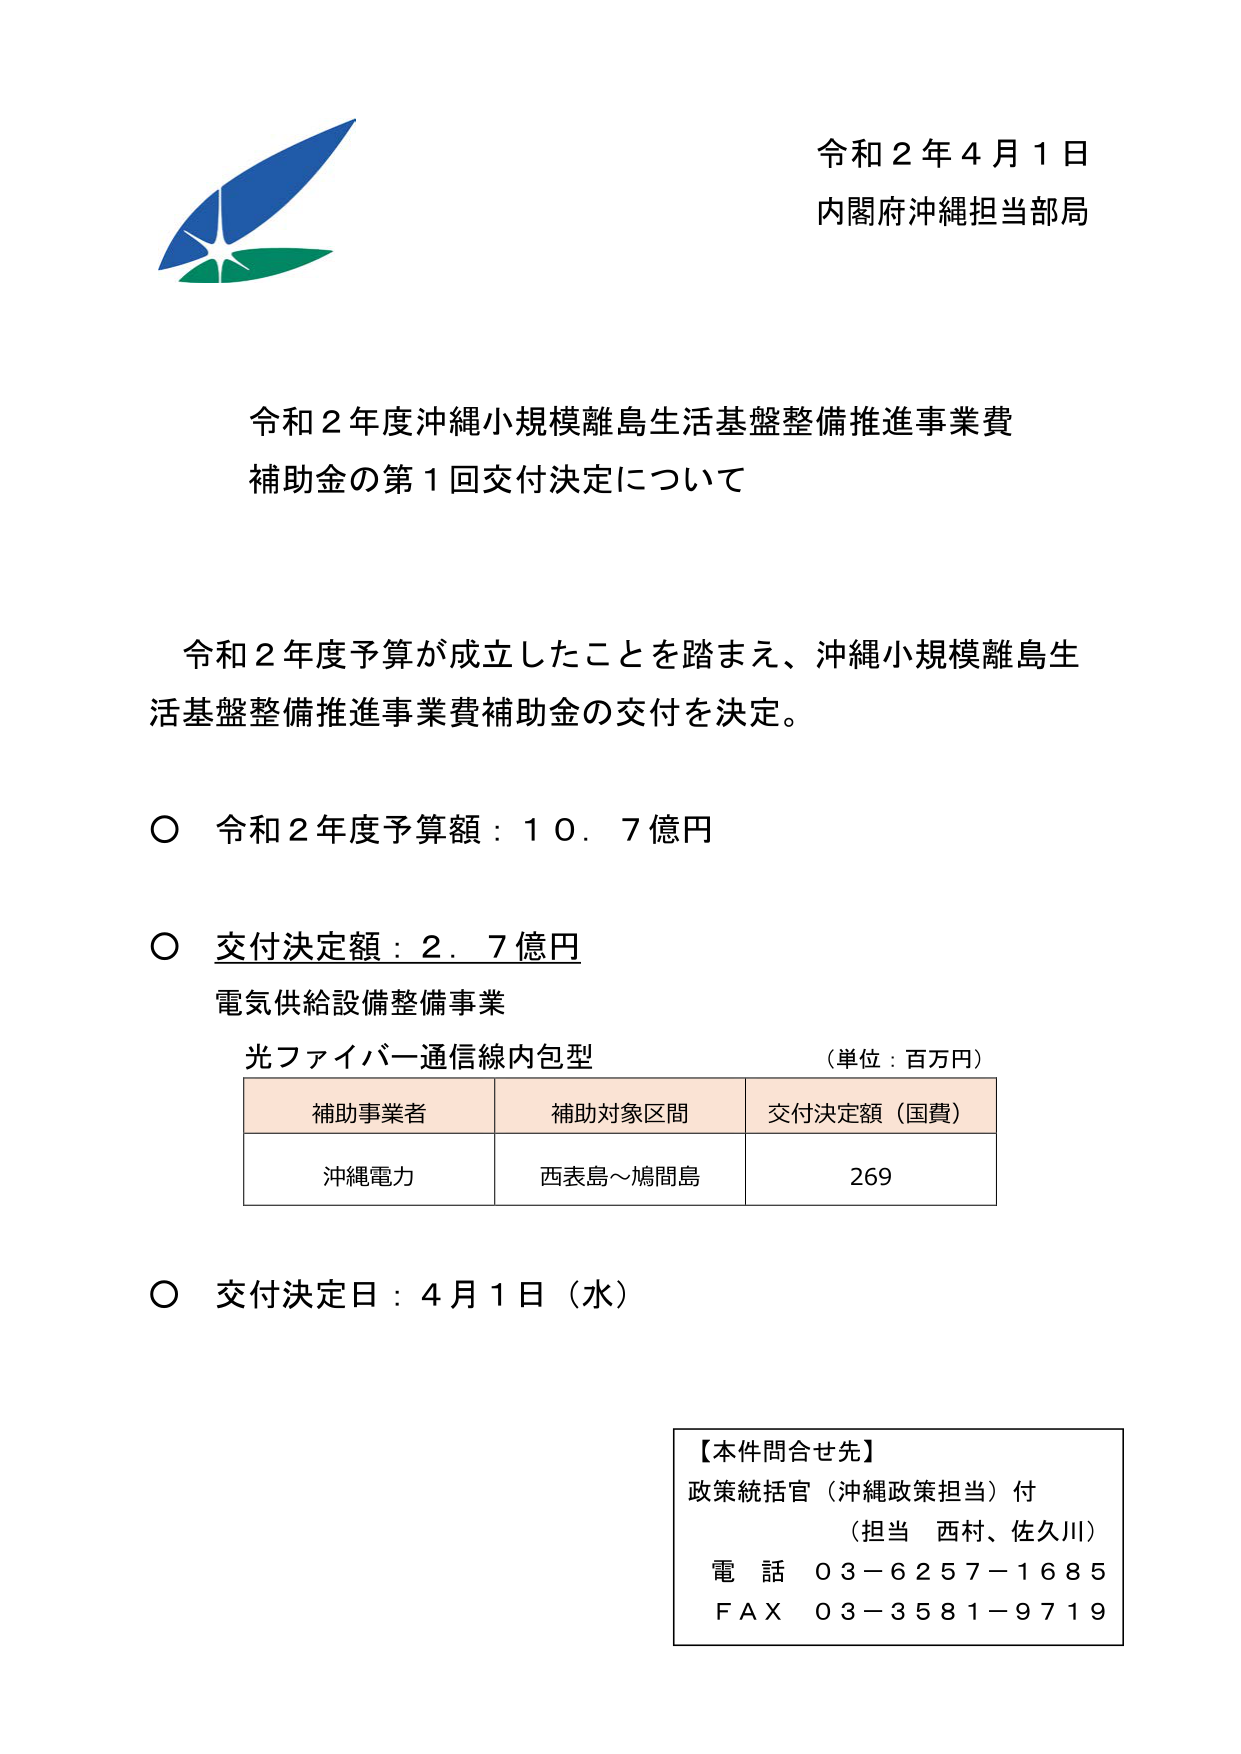
令和２年４月１日
内閣府沖縄担当部局

令和２年度沖縄小規模離島生活基盤整備推進事業費
補助金の第１回交付決定について

令和２年度予算が成立したことを踏まえ、沖縄小規模離島生活基盤整備推進事業費補助金の交付を決定。

○ 令和２年度予算額：１０．７億円

○ 交付決定額：２．７億円
電気供給設備整備事業
光ファイバー通信線内包型 （単位：百万円）

補助事業者　　補助対象区間　　交付決定額（国費）
沖縄電力　　　西表島～鳩間島　　　　269

○ 交付決定日：４月１日（水）

【本件問合せ先】
政策統括官（沖縄政策担当）付
（担当　西村、佐久川）
電話　０３－６２５７－１６８５
ＦＡＸ　０３－３５８１－９７１９